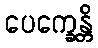
ပေက္ခေန္တိ